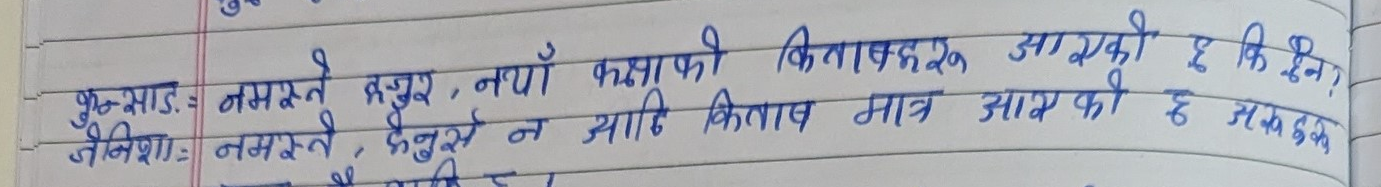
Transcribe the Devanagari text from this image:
कुन्साड.: नमस्ते हजुर, नयाँ कक्षाको किताबहरु आएको छ कि ईन?
जेनिशा: नमस्ते, हेर्नुस् न, अघि किताब मात्र आएको छ अरुहरु